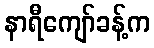
နာရီကျော်ခန့်က